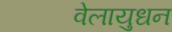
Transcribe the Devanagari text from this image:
वेलायुधन